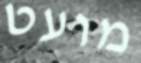
מועט